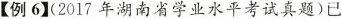
【例6】(2017年湖南省学业水平考试真题)已